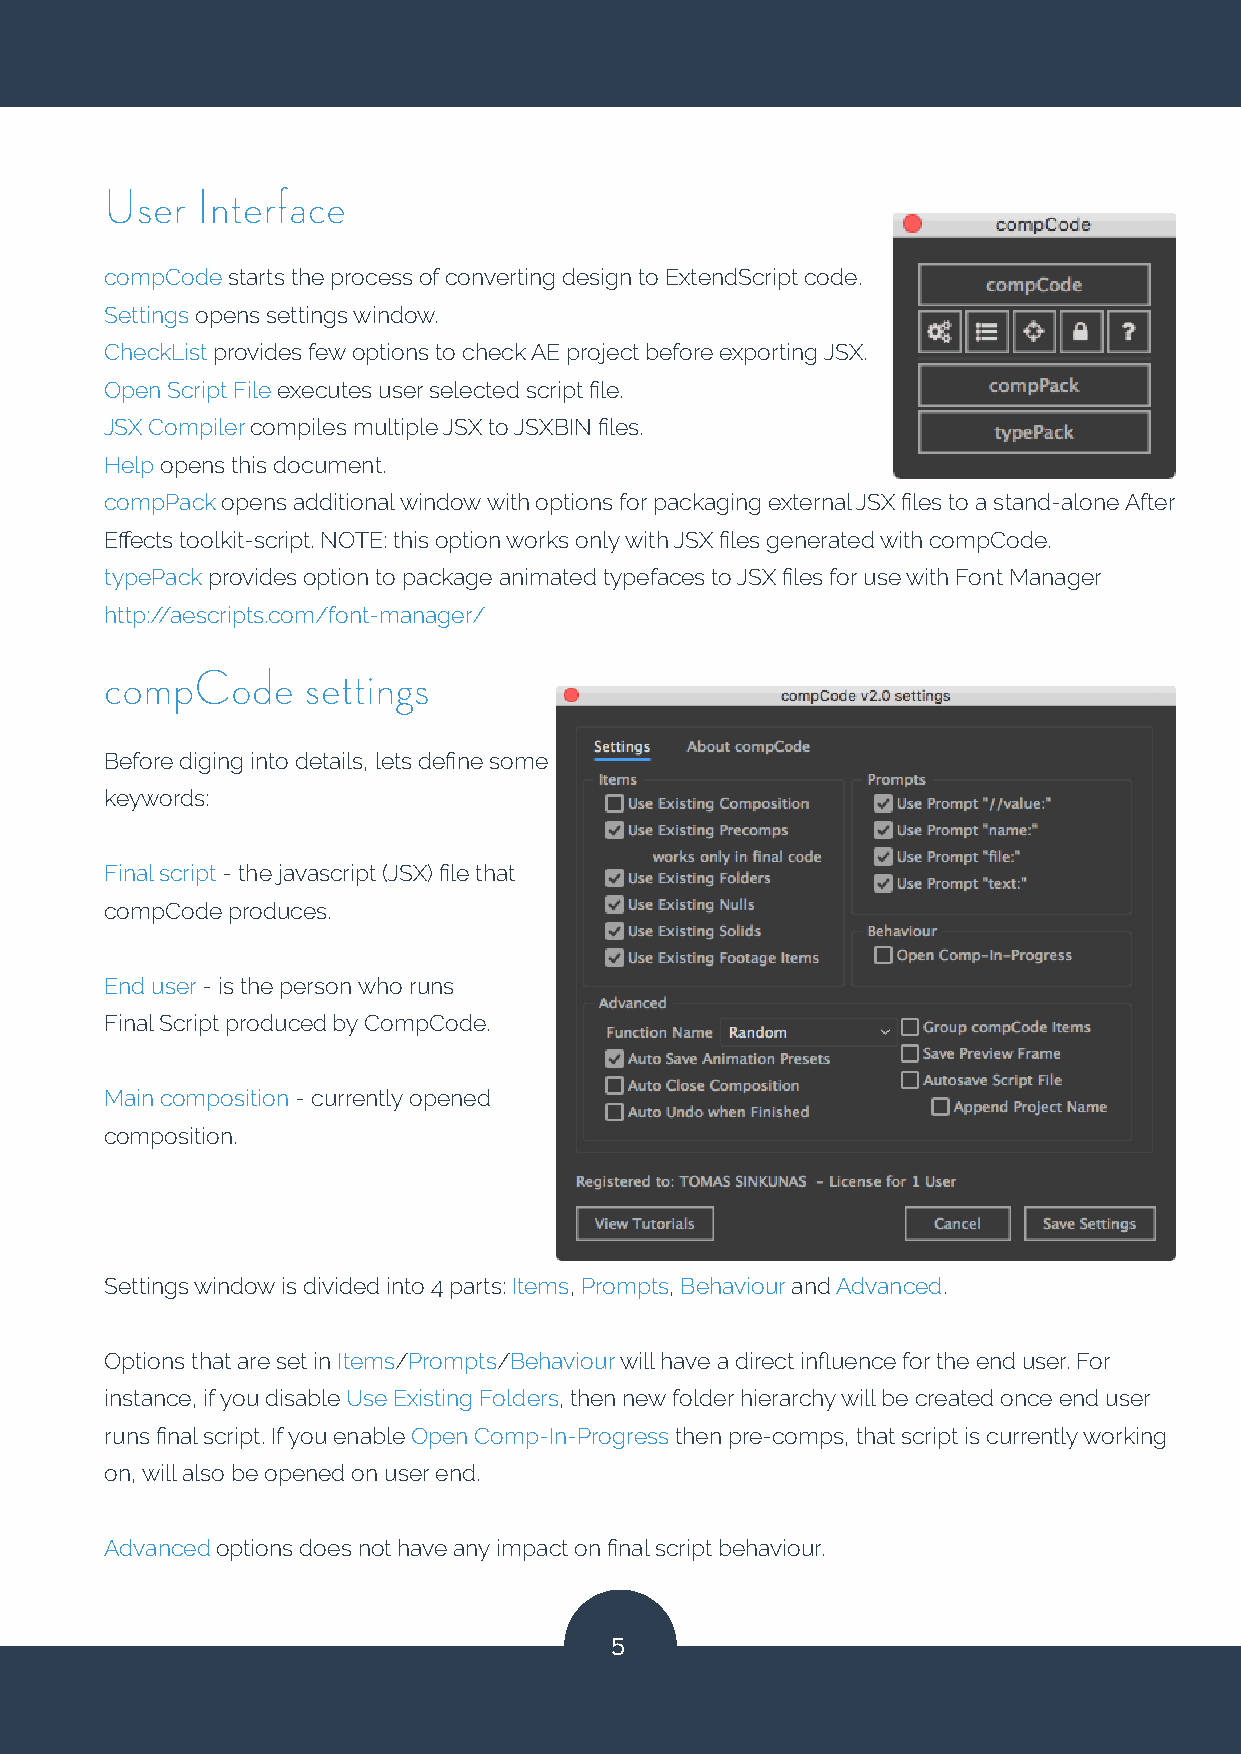
User  Interface
 compCode starts the process of converting design to ExtendScript code.
 Settings opens settings window.
 CheckList provides few options to check AE project before exporting JSX.
 Open Script File executes user selected script file.
 JSX Compiler compiles multiple JSX to JSXBIN files.
 Help opens this document.
 compPack opens additional window with options for packaging external JSX files to a stand-alone After
 Effects toolkit-script. NOTE: this option works only with JSX files generated with compCode.
 typePack provides option to package animated typefaces to JSX files for use with Font Manager
 http://aescripts.com/font-manager/
 compCode     settings
 Before diging into details, lets define some
 keywords:
 Final script - the javascript (JSX) file that
 compCode produces.
 End user - is the person who runs
 Final Script produced by CompCode.
 Main composition - currently opened
 composition.
 Settings window is divided into 4 parts: Items, Prompts, Behaviour and Advanced.
 Options that are set in Items/Prompts/Behaviour will have a direct influence for the end user. For
 instance, if you disable Use Existing Folders, then new folder hierarchy will be created once end user
 runs final script. If you enable Open Comp-In-Progress then pre-comps, that script is currently working
 on, will also be opened on user end.
 Advanced options does not have any impact on final script behaviour.
 5